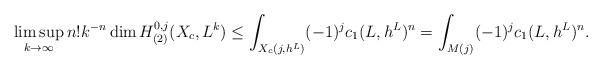
LaTeX: \begin{align*}\limsup_{k\rightarrow \infty}n!k^{-n}\dim H_{(2)}^{0,j}({X_c},{L}^k)\leq\int_{X_c(j,h^L)}(-1)^j c_1(L,h^L)^n= \int_{M(j)}(-1)^j c_1(L,h^L)^n.\end{align*}